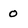
Character: 0